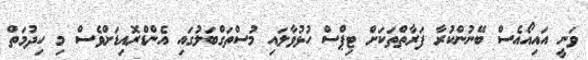
ވަނީ އައިއޯއެސް ބޭނުންކުރާ ފަރާތްތަކަށް ޓިޕްސް ހުޅުވާލައި މުސްތަގްބަލުގައި އެންޑްރޮއިޑަށްވެސް މި ހިދުމަތް